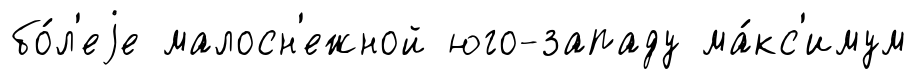
бо́л'еjе малосн'ежной юго-западу ма́кс'имум